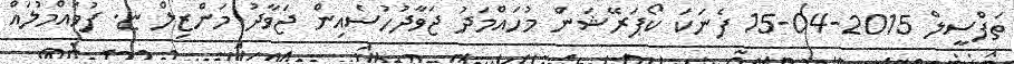
ތަފްސީލް 2015-04-15 ފެނަކަ ކޯޕަރޭޝަން މުހައްމަދު ޖަވާދުހުސެއިން ޖަވާދު މަންޒިލް ޏ. ފުވައްމުލައް